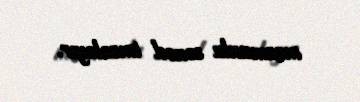
məzmunlu sənəd imzalayır.